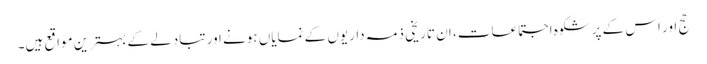
حج اور اس کے پرشکوہ اجتماعات، ان تاریخی ذمہ داریوں کے نمایاں ہونے اور تبادلے کے بہترین مواقع ہیں۔